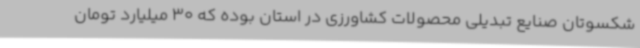
شکسوتان صنایع تبدیلی محصولات کشاورزی در استان بوده که 30 میلیارد تومان